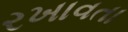
રખાવતા